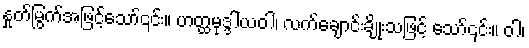
နှုတ်မြွက်အဖြင့်သော်၎င်း။ ဟတ္ထမုဒ္ဒါယဝါ၊ လက်ချောင်းချိုးသဖြင့် သော်၎င်း။ ဝါ၊